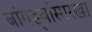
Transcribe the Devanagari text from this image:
बांगड्यांसारखा